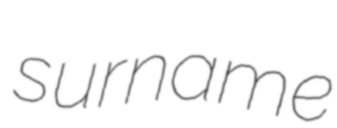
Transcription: surname